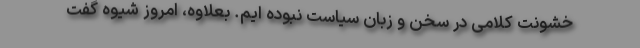
خشونت کلامی در سخن و زبان سیاست نبوده ایم. بعلاوه، امروز شیوه گفت